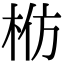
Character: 𬂬